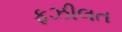
ફઝીલત